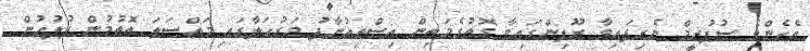
އެހެންވެ ސުޕުރީމް ނެރިފައިވާ ރޫލިންގައިވާ ގޮތުގެމަތިން އިސްތިއުނާފު މަރުހަލާގައި މައްސަލަ އޮތުމުން ފުލުހުން